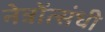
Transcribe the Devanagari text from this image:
नेत्रोंत्संधी